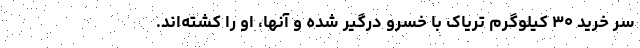
سر خرید ۳۰ کیلوگرم تریاک با خسرو درگیر شده و آنها، او را کشته‌اند.